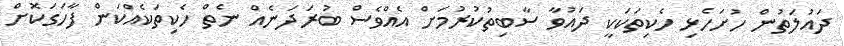
ދައުލަތުން ހުށަހެޅި ހެކިތަކަކީ ދައުވާ ސާބިތުކުރުމަށް އެއްވެސް ބުރަދަނެއް ނެތް ހެކިތަކެއްކަން ފާހަގަކޮށް